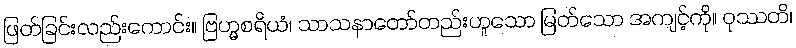
ဖြတ်ခြင်းလည်းကောင်း။ ဗြဟ္မစရိယံ၊ သာသနာတော်တည်းဟူသော မြတ်သော အကျင့်ကို။ ဝုဿတိ၊